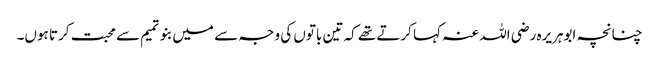
چنانچہ ابوہریرہ رضی اللہ عنہ کہا کرتے تھے کہ تین باتوں کی وجہ سے میں بنوتمیم سے محبت کرتا ہوں۔